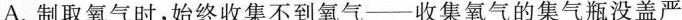
A.制取氧气时，始终收集不到氧气—收集氧气的集气瓶没盖严